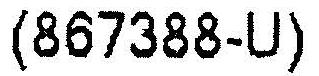
(867388-U)